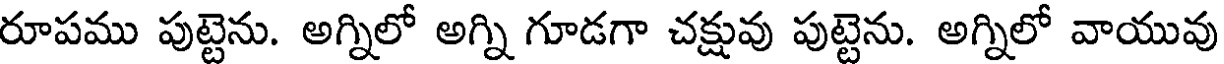
రూపము పుట్టెను. అగ్నిలో అగ్ని గూడగా చక్షువు పుట్టెను. అగ్నిలో వాయువు